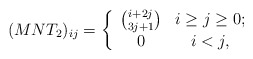
\begin{align*}(MNT_{2})_{ij}=\left\{\begin{array}{cc}{i+2j \choose 3j+1} & i\geq j\geq0;\\0& i<j,\end{array}\right.\end{align*}